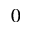
^ 0